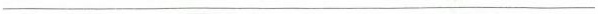
___